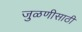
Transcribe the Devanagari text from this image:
जुळणीसाठी